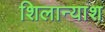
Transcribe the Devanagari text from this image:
शिलान्याश